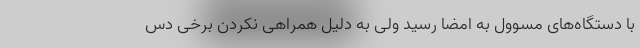
با دستگاه‌های مسوول به امضا رسید ولی به دلیل همراهی نکردن برخی دس